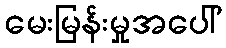
မေးမြန်းမှုအပေါ်